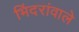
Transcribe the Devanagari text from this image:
भिंदरांवाले